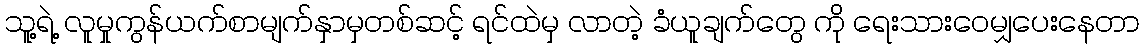
သူ့ရဲ့ လူမှုကွန်ယက်စာမျက်နှာမှတစ်ဆင့် ရင်ထဲမှ လာတဲ့ ခံယူချက်တွေ ကို ရေးသားဝေမျှပေးနေတာ